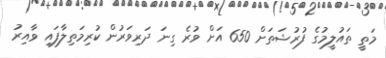
މަތީ ތައުލީމުގެ ފުރުޝަތަށް 650 އަށް ވުރެ ގިނަ ދަރިވަރުން ކުރިމަތިލާފައި ވާއިރު